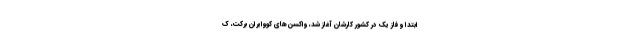
ابتدا و فاز یک در کشور کارشان آغاز شد، واکسن‌های کووایران برکت، ک